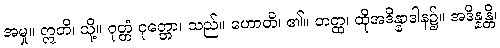
အမှု။ ဣတိ၊ သို့။ ဝုတ္တံ ဝုတ္တော၊ သည်။ ဟောတိ၊ ၏။ တတ္ထ၊ ထိုအဒိန္နာဒါန၌။ အဒိန္နန္တိ၊